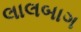
લાલબાગ